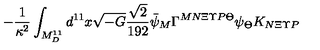
- \frac { 1 } { \kappa ^ { 2 } } \int _ { M _ { D } ^ { 1 1 } } d ^ { 1 1 } x \sqrt { - G } \frac { \sqrt { 2 } } { 1 9 2 } \bar { \psi } _ { M } \Gamma ^ { M N \Xi \Upsilon P \Theta } \psi _ { \Theta } K _ { N \Xi \Upsilon P }